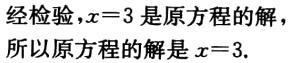
经检验，\(x = 3\)是原方程的解，

所以原方程的解是\(x = 3\).